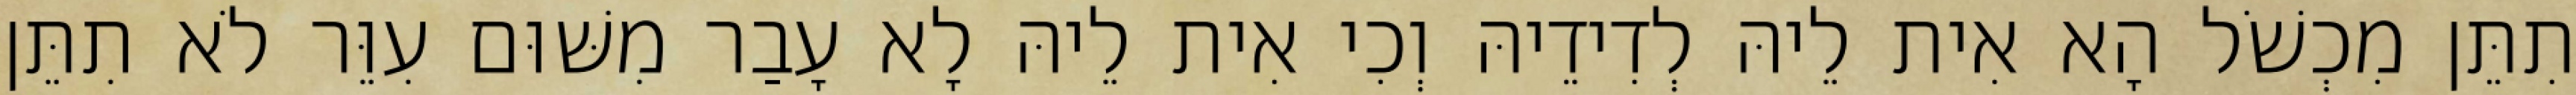
תִתֵּן מִכְשֹׁל הָא אִית לֵיהּ לְדִידֵיהּ וְכִי אִית לֵיהּ לָא עָבַר מִשּׁוּם עִוֵּר לֹא תִתֵּן